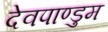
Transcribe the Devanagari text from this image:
देवपाण्डुम